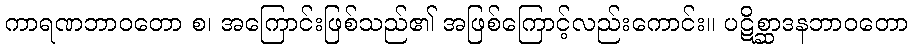
ကာရဏဘာဝတော စ၊ အကြောင်းဖြစ်သည်၏ အဖြစ်ကြောင့်လည်းကောင်း။ ပဋိစ္ဆာဒနဘာဝတော